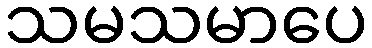
သမသမာပေ